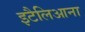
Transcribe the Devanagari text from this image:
इटैलिआना